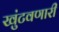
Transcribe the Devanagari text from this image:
खुंटवणारी